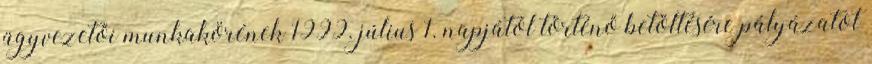
ügyvezetői munkakörének 1999. július 1. napjától történő betöltésére pályázatot